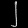
Digit: ၂